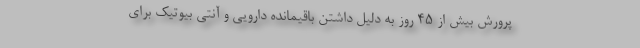
پرورش بیش از ۴۵ روز به دلیل داشتن باقیمانده دارویی و آنتی بیوتیک برای